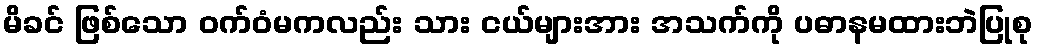
မိခင် ဖြစ်သော ဝက်ဝံမကလည်း သား ငယ်များအား အသက်ကို ပဓာနမထားဘဲပြုစု